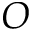
O